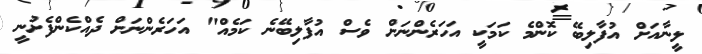
ލީނާއަށް އުފާލިބޭ ކޮންމެ ކަމަކީ އަހަރެންނަށް ވެސް އުފާލިބޭނެ ކަމެއް" އަހަރެންނަށް ދެއްކެންފެށުނީ